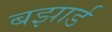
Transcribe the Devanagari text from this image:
बझार्ड